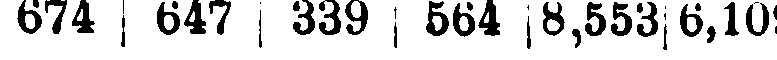
674 | 647 | 339 | 564 | 8,553|6,109